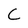
Character: C